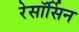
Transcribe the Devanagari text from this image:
रेसॉर्सिन